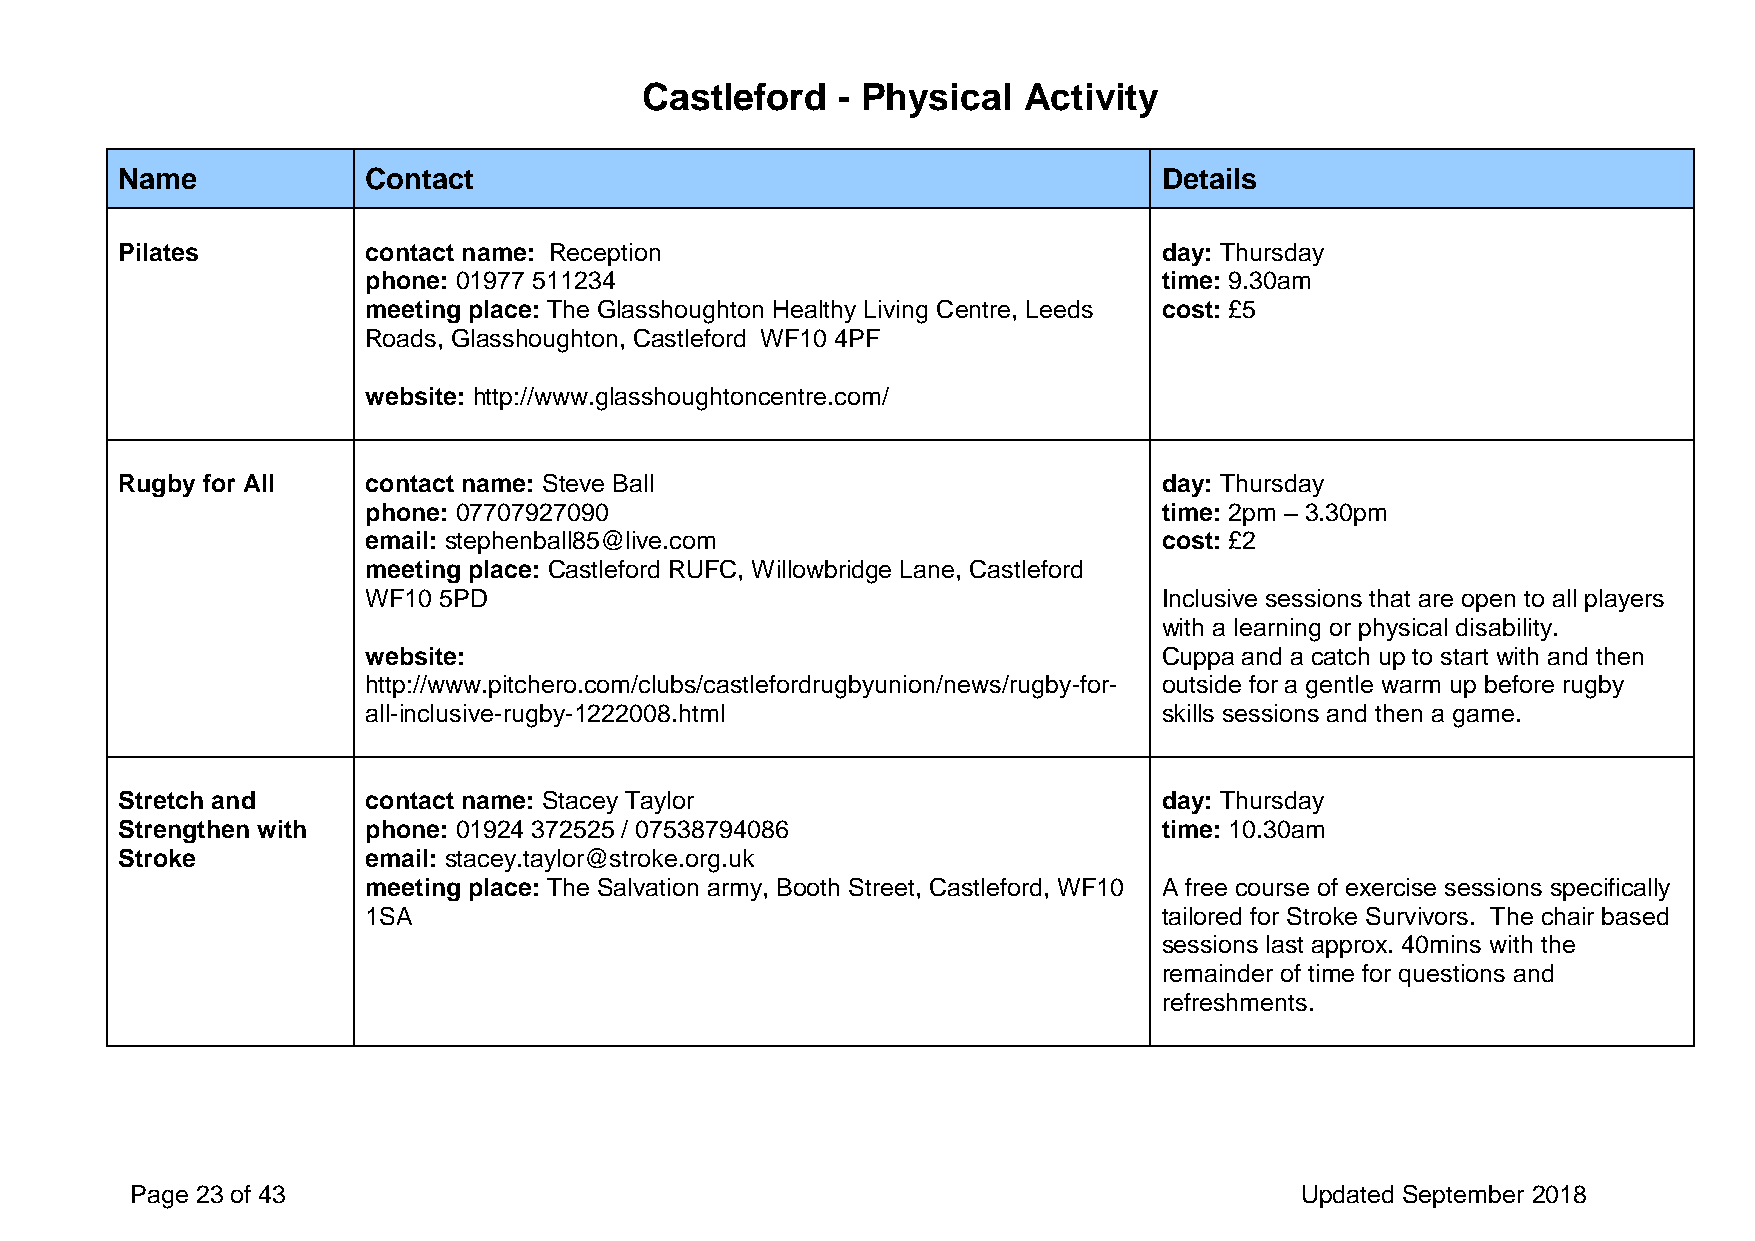
Castleford   - Physical   Activity
 Name            Contact                                              Details
 Pilates         contact name: Reception                              day: Thursday
 phone: 01977 511234                                  time: 9.30am
 meeting place: The Glasshoughton Healthy Living Centre, Leeds cost: £5
 Roads, Glasshoughton, Castleford WF10 4PF
 website: http://www.glasshoughtoncentre.com/
 Rugby for All   contact name: Steve Ball                             day: Thursday
 phone: 07707927090                                   time: 2pm – 3.30pm
 email: stephenball85@live.com                        cost: £2
 meeting place: Castleford RUFC, Willowbridge Lane, Castleford
 WF10 5PD                                             Inclusive sessions that are open to all players
 with a learning or physical disability.
 website:                                             Cuppa and a catch up to start with and then
 http://www.pitchero.com/clubs/castlefordrugbyunion/news/rugby-for- outside for a gentle warm up before rugby
 all-inclusive-rugby-1222008.html                     skills sessions and then a game.
 Stretch and     contact name: Stacey Taylor                          day: Thursday
 Strengthen with phone: 01924 372525 / 07538794086                    time: 10.30am
 Stroke          email: stacey.taylor@stroke.org.uk
 meeting place: The Salvation army, Booth Street, Castleford, WF10 A free course of exercise sessions specifically
 1SA                                                  tailored for Stroke Survivors. The chair based
 sessions last approx. 40mins with the
 remainder of time for questions and
 refreshments.
 Page 23 of 43                                                                Updated September 2018